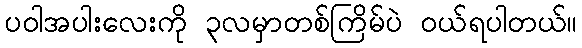
ပဝါအပါးလေးကို ၃လမှာတစ်ကြိမ်ပဲ ဝယ်ရပါတယ်။